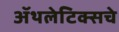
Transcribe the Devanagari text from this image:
अॅथलेटिक्सचे